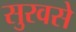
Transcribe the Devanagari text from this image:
सुरवसे